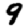
Digit: 9